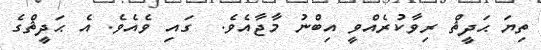
ތިޔަ ޙަދީޘް ރިވާކުރެއްވީ އިބްނު މާޖާއެވެ.  ގައި ވެއެވެ. އެ ޙަދީޘްގެ